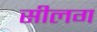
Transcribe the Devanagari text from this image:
सीलग